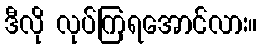
ဒီလို လုပ်ကြရအောင်လား။